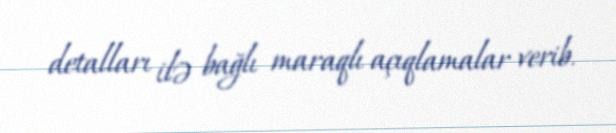
detalları ilə bağlı maraqlı açıqlamalar verib.